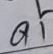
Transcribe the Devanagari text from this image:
ढो